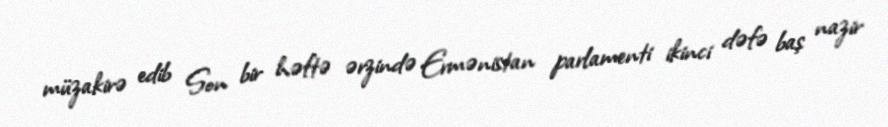
müzakirə edib Son bir həftə ərzində Ermənistan parlamenti ikinci dəfə baş nazir